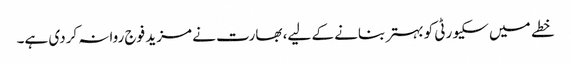
خطے میں سکیورٹی کو بہتر بنانے کے لیے، بھارت نے مزید فوج روانہ کردی ہے۔